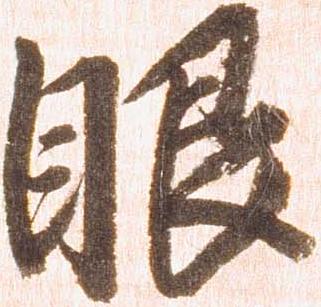
眼